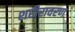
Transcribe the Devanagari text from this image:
शरीरावरण